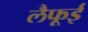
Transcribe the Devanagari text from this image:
लैफूई